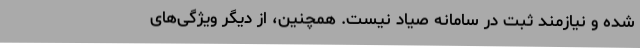
شده و نیازمند ثبت در سامانه صیاد نیست. همچنین، از دیگر ویژگی‌های